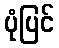
ပုံပြင်